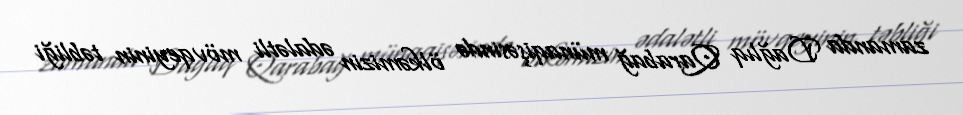
zamanda Dağlıq Qarabağ münaqişəsində ölkəmizin ədalətli mövqeyinin təbliği